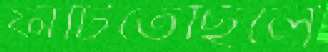
ফাটিতেছিলে